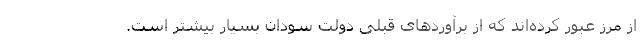
از مرز عبور کرده‌اند که از برآوردهای قبلی دولت سودان بسیار بیشتر است.